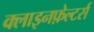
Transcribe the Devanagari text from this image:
क्लाइनफ़ेल्टर्स